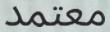
معتمد